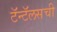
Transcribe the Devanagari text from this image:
टॅन्टॅलसची